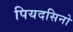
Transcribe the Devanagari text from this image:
पियदसिनो